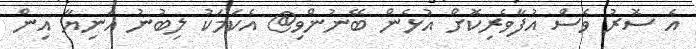
އެ ސޮރު ވެސް އުފާވެެރިކޮށް އުޅެން ބޭނުންވި@ އެކަމަކު ލިބުނު އަނިޔާ އިން